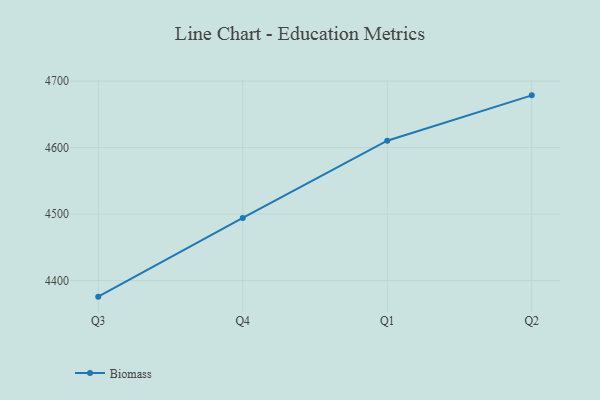
{"axis": {"x": "Quarter", "y": "Population (Million)"}, "legend": ["Biomass"], "data": [{"x": "Q3", "y": 4375.8, "type": "Biomass"}, {"x": "Q4", "y": 4494.2, "type": "Biomass"}, {"x": "Q1", "y": 4610.4, "type": "Biomass"}, {"x": "Q2", "y": 4678.6, "type": "Biomass"}]}